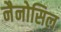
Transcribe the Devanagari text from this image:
नैनोसिल